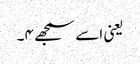
یعنی اسے سمجھے ۴۔